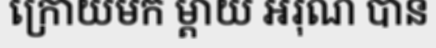
ក្រោយមក ម្តាយ អរុណ បាន